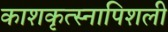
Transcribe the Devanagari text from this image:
काशकृत्स्नापिशली